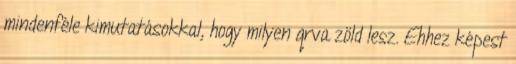
mindenféle kimutatásokkal, hogy milyen qrva zöld lesz. Ehhez képest